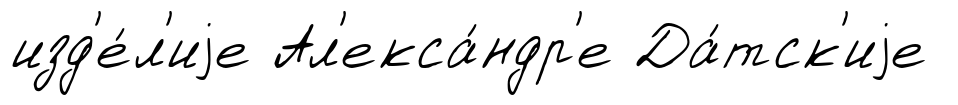
изд'е́л'иjе Ал'екса́ндр'е Да́тск'иjе